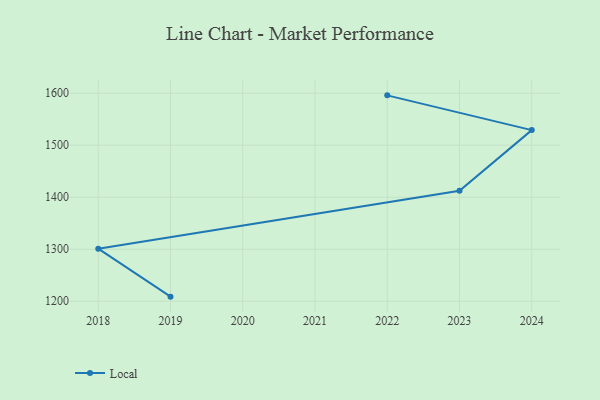
{"axis": {"x": "Year", "y": "Gross Profit (USD K)"}, "legend": ["Local"], "data": [{"x": "2019", "y": 1208.9, "type": "Local"}, {"x": "2018", "y": 1301.1, "type": "Local"}, {"x": "2023", "y": 1412.4, "type": "Local"}, {"x": "2024", "y": 1529.0, "type": "Local"}, {"x": "2022", "y": 1595.8, "type": "Local"}]}